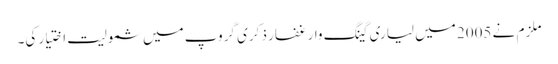
ملزم نے 2005 میں لیاری گینگ وار غفار ذکری گروپ میں شمولیت اختیار کی۔